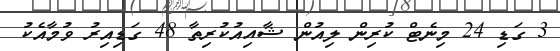
3 ގަޑި 24 މިނެޓް ކުރިން ލިއުން ޝާއިއުކުރިތާ 48 ގަޑިއިރު ވުމާއެކު